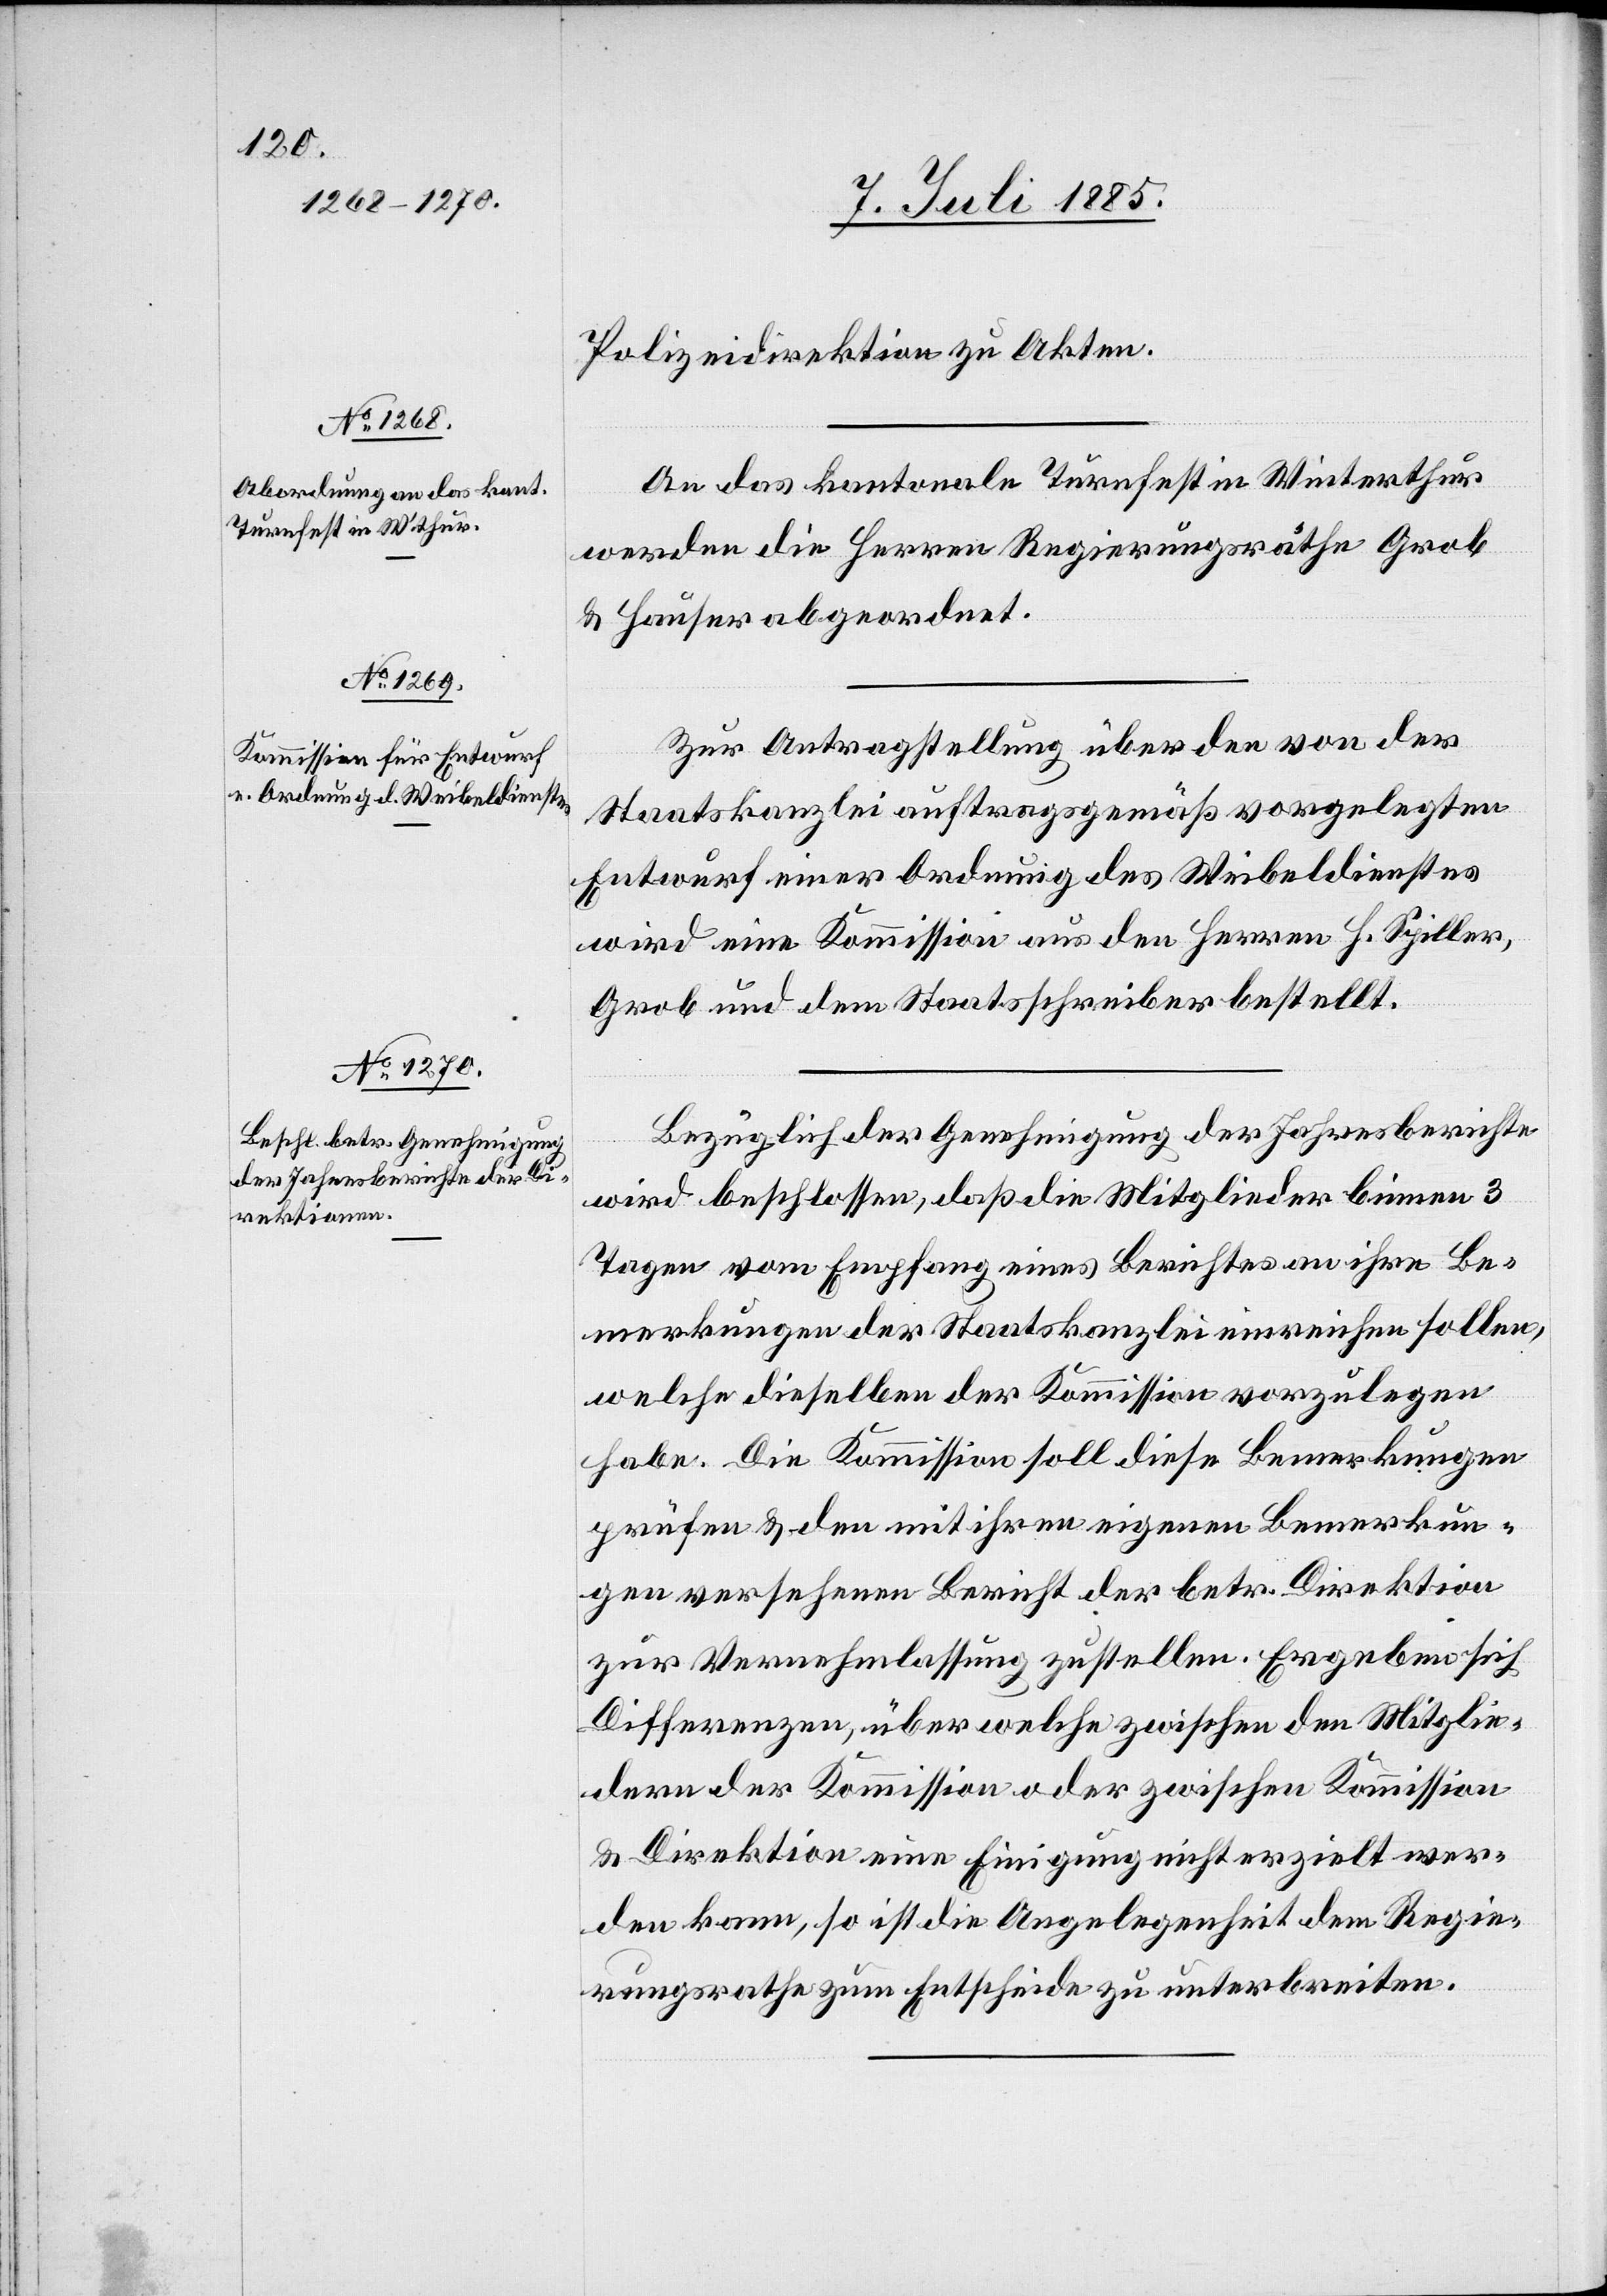
Polizeidirektion zu Akten.
An das kantonale Turnfest in Winterthur
werden die Herren Regierungsräthe Grob
& Hauser abgeordnet.
Zur Antragstellung über den von der
Staatskanzlei auftragsgemäß vorgelegten
Entwurf einer Ordnung des Weibeldienstes
wird eine Kommission aus den Herren H. Spiller,
Grob und dem Staatsschreiber bestellt.
Bezüglich der Genehmigung der Jahresberichte
wird beschlossen, daß die Mitglieder binnen 3
Tagen vom Empfang eines Berichtes an ihre Be¬
merkungen der Staatskanzlei einreichen sollen,
welche dieselben der Kommission vorzulegen
habe. Die Kommission soll diese Bemerkungen
prüfen & den mit ihren eigenen Bemerkun¬
gen versehene Bericht der betr. Direktion
zur Vernehmlassung zustellen. Ergeben sich
Differenzen, über welche zwischen den Mitglie¬
dern der Kommission oder zwischen Kommission
& Direktion eine Einigung nicht erzielt wer¬
den kann, so ist die Angelegenheit dem Regie¬
rungsrath zum Entscheide zu unterbreiten.